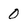
Character: 0